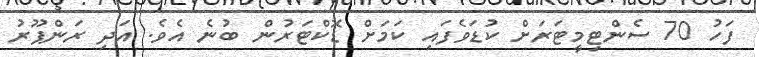
ފަހު 70 ސެންޓިމީޓަރަށް ކުޑަވެފައި ކަމަށް ޑޮކްޓަރުން ބުނެ އެވެ. އަދި ރަންޕޫރު